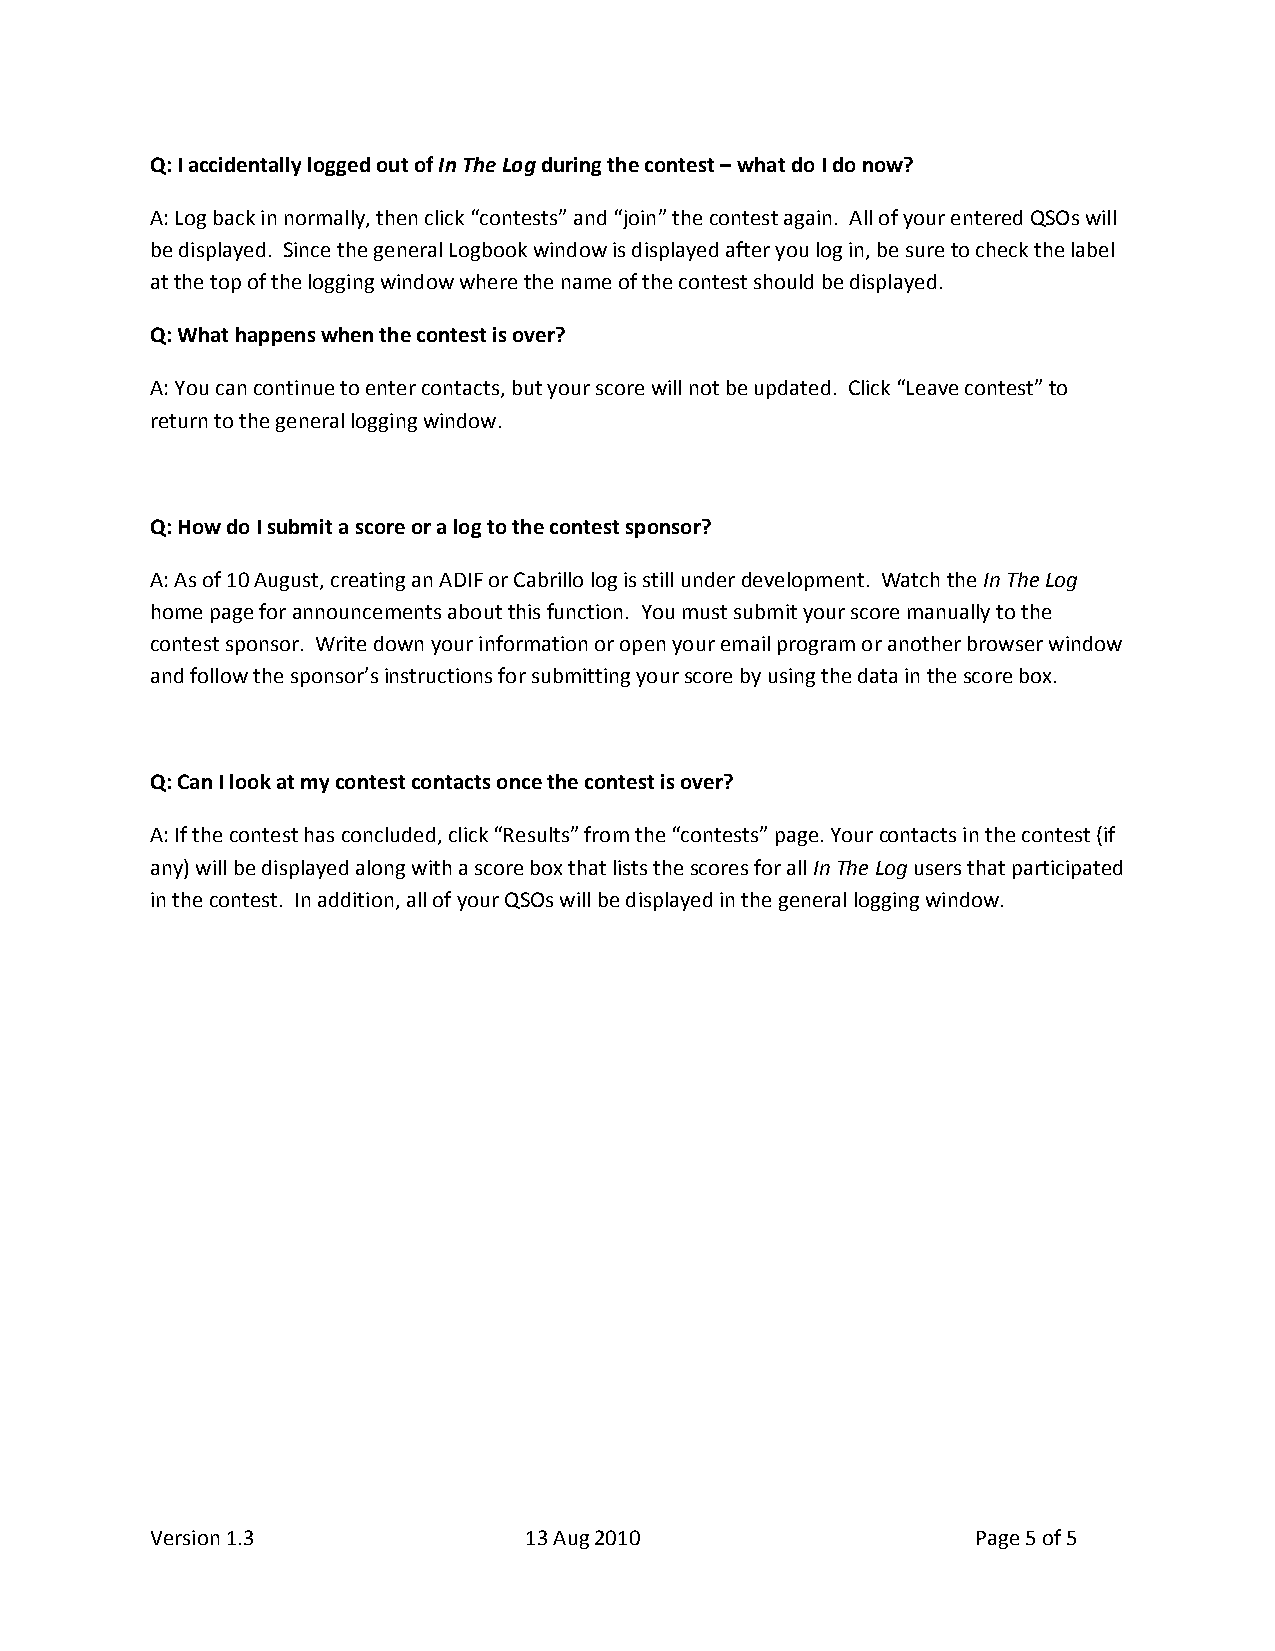
Q: I accidentally logged out of In The Log during the contest – what do I do now?
 A: Log back in normally, then click “contests” and “join” the contest again. All of your entered QSOs will
 be displayed. Since the general Logbook window is displayed after you log in, be sure to check the label
 at the top of the logging window where the name of the contest should be displayed.
 Q: What happens when the contest is over?
 A: You can continue to enter contacts, but your score will not be updated. Click “Leave contest” to
 return to the general logging window.
 Q: How do I submit a score or a log to the contest sponsor?
 A: As of 10 August, creating an ADIF or Cabrillo log is still under development. Watch the In The Log
 home page for announcements about this function. You must submit your score manually to the
 contest sponsor. Write down your information or open your email program or another browser window
 and follow the sponsor’s instructions for submitting your score by using the data in the score box.
 Q: Can I look at my contest contacts once the contest is over?
 A: If the contest has concluded, click “Results” from the “contests” page. Your contacts in the contest (if
 any) will be displayed along with a score box that lists the scores for all In The Log users that participated
 in the contest. In addition, all of your QSOs will be displayed in the general logging window.
 Version 1.3              13 Aug 2010                   Page 5 of 5